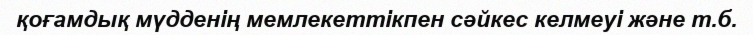
қоғамдық мүдденің мемлекеттікпен сәйкес келмеуі және т.б.